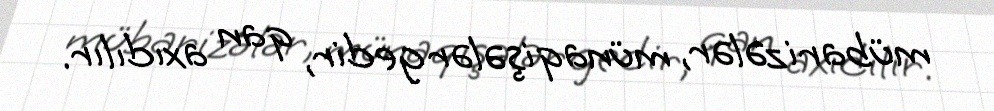
mübarizələr, münaqişələr gedir, qan axıdılır.